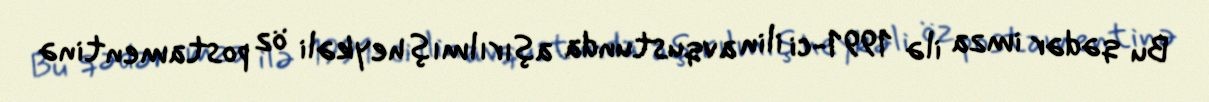
Bu qədər imza ilə 1991-ci ilin avqustunda aşırılmış heykəli öz postamentinə